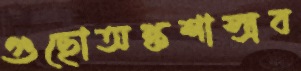
গুছোঅঙ্কশাস্ত্রব